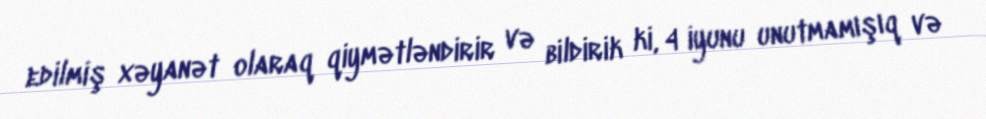
edilmiş xəyanət olaraq qiymətləndirir və bildirik ki, 4 iyunu unutmamışıq və